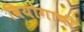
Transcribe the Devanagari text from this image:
वियोगाची